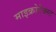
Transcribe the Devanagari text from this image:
माइक्रोटेक्स्ट